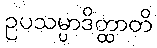
ဥပသမ္ပာဒိတ္ထာတိ